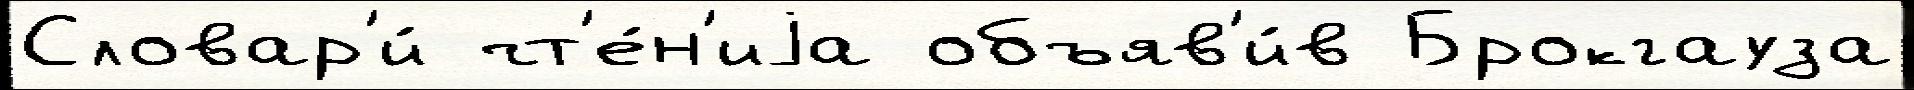
Словар'и́ чт'е́н'иjа объяв'и́в Брокгауза